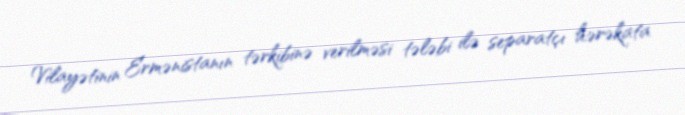
Vilayətinin Ermənistanın tərkibinə verilməsi tələbi ilə separatçı hərəkata